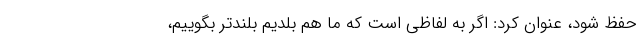
حفظ شود، عنوان کرد: اگر به لفاظی است که ما هم بلدیم بلندتر بگوییم،